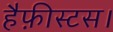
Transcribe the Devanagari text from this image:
हैफ़ीस्टस।